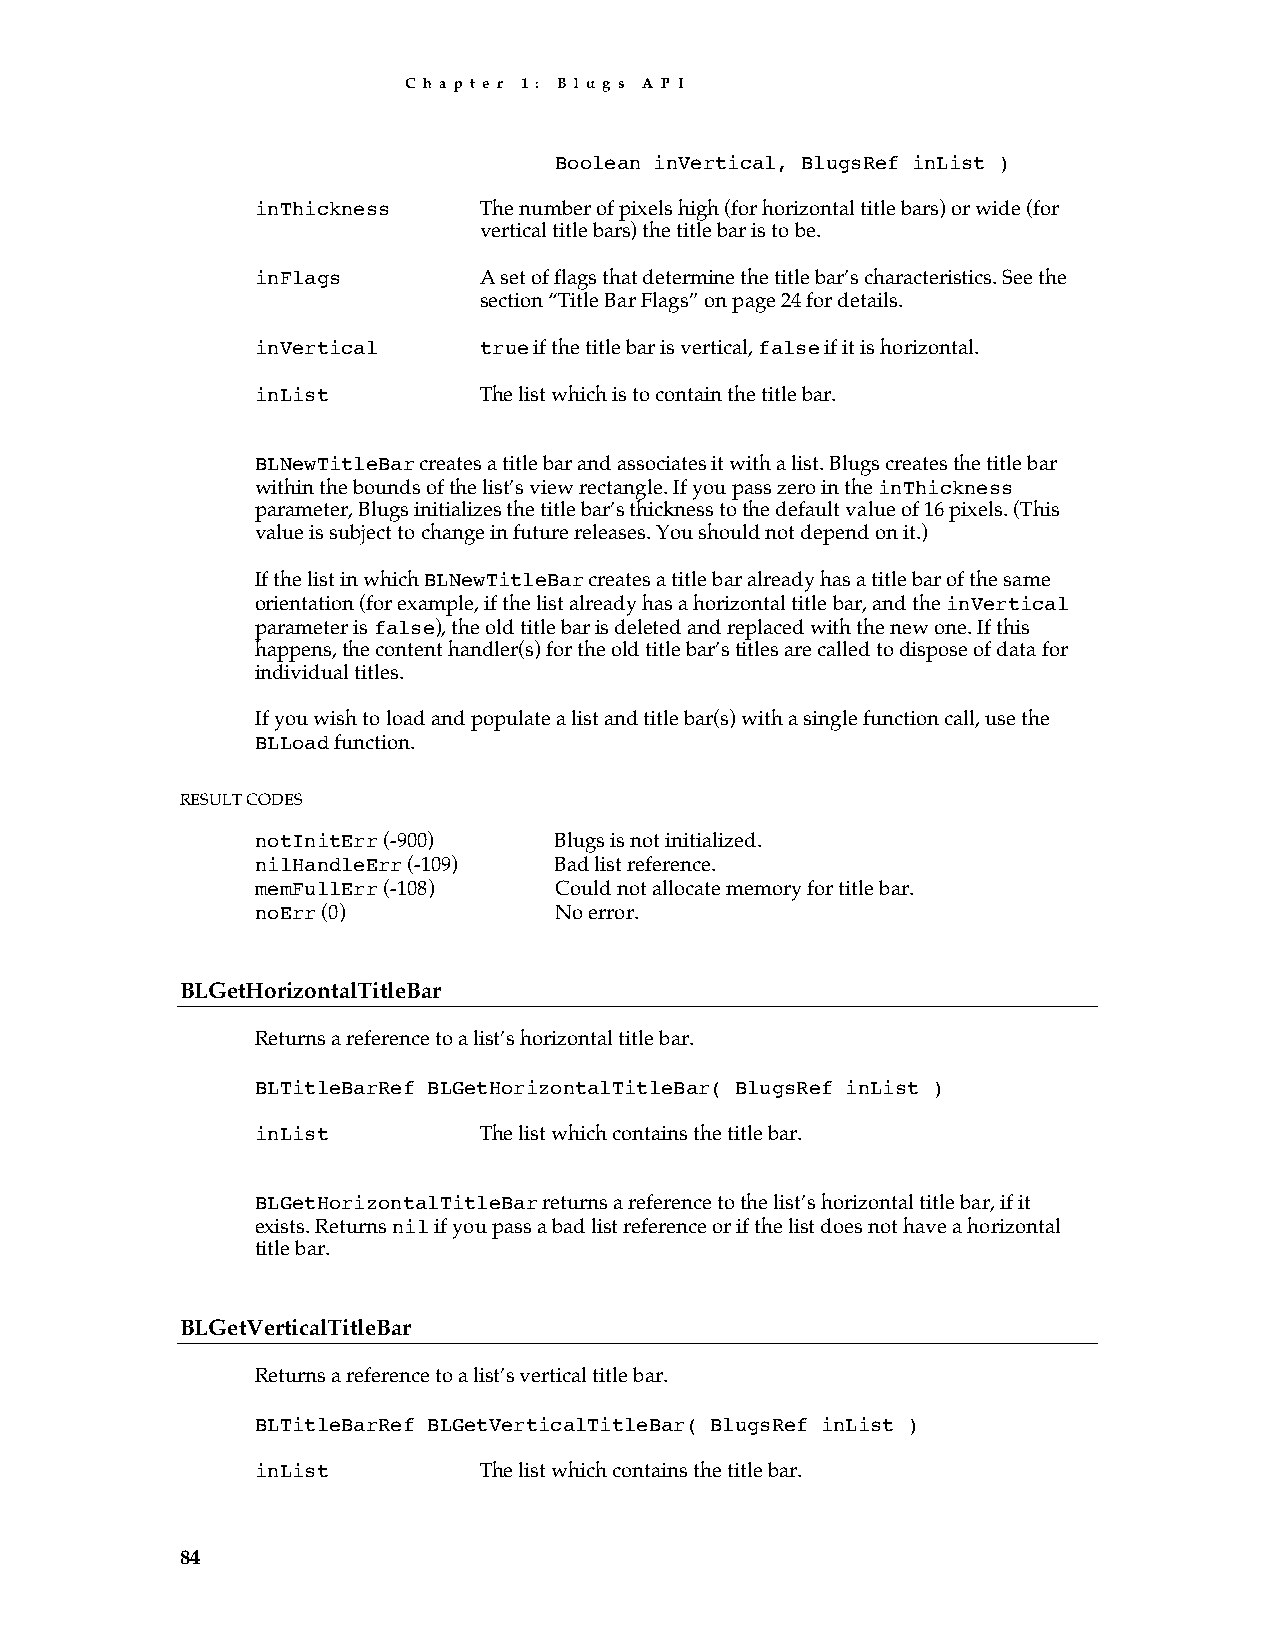
C h a p t e r 1 : B l u g s A P I
 Boolean inVertical, BlugsRef inList )
 inThickness    The number of pixels high (for horizontal title bars) or wide (for
 vertical title bars) the title bar is to be.
 inFlags        A set of flags that determine the title bar’s characteristics. See the
 section “Title Bar Flags” on page 24 for details.
 inVertical     true if the title bar is vertical, false if it is horizontal.
 inList         The list which is to contain the title bar.
 BLNewTitleBar creates a title bar and associates it with a list. Blugs creates the title bar
 within the bounds of the list’s view rectangle. If you pass zero in the inThickness
 parameter, Blugs initializes the title bar’s thickness to the default value of 16 pixels. (This
 value is subject to change in future releases. You should not depend on it.)
 If the list in which BLNewTitleBar creates a title bar already has a title bar of the same
 orientation (for example, if the list already has a horizontal title bar, and the inVertical
 parameter is false), the old title bar is deleted and replaced with the new one. If this
 happens, the content handler(s) for the old title bar’s titles are called to dispose of data for
 individual titles.
 If you wish to load and populate a list and title bar(s) with a single function call, use the
 BLLoad function.
 RESULT CODES
 notInitErr (-900)   Blugs is not initialized.
 nilHandleErr (-109) Bad list reference.
 memFullErr (-108)   Could not allocate memory for title bar.
 noErr (0)           No error.
 BLGetHorizontalTitleBar
 Returns a reference to a list’s horizontal title bar.
 BLTitleBarRef BLGetHorizontalTitleBar( BlugsRef inList )
 inList         The list which contains the title bar.
 BLGetHorizontalTitleBar returns a reference to the list’s horizontal title bar, if it
 exists. Returns nil if you pass a bad list reference or if the list does not have a horizontal
 title bar.
 BLGetVerticalTitleBar
 Returns a reference to a list’s vertical title bar.
 BLTitleBarRef BLGetVerticalTitleBar( BlugsRef inList )
 inList         The list which contains the title bar.
 84